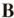
B